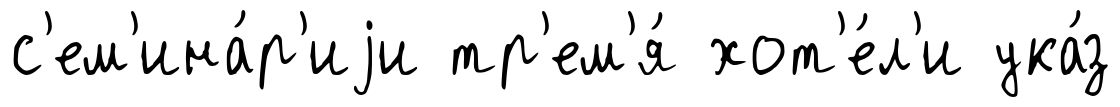
с'ем'ина́р'иjи тр'ем'я́ хот'е́л'и ука́з